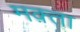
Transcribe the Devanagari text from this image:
मक़्ता